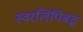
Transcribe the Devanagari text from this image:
स्वरलिपिबद्ध